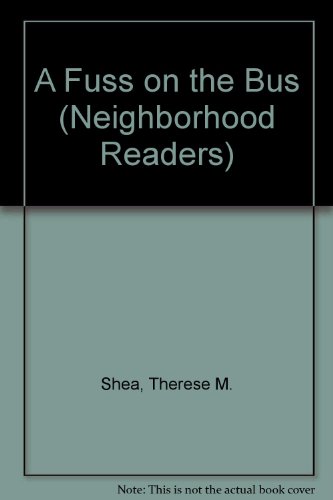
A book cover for A Fuss on the Bus (Neighborhood Readers); Therese Shea; Children's Books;